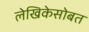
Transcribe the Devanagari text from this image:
लेखिकेसोबत